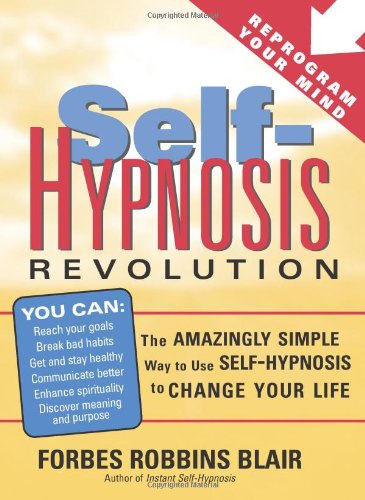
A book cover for Self-Hypnosis Revolution: The Amazingly Simple Way to Use Self-Hypnosis to Change Your Life; Forbes Blair; Self-Help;